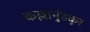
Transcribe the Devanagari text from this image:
कल्लामुंडकूर